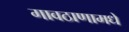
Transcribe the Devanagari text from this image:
गावठाणामधे